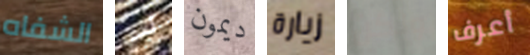
الشفاه لدي ديمون زيارة ولكن أعرف